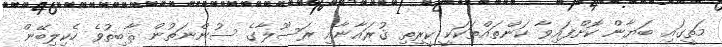
މަތީގައި ބަޔާން ކޮށްފައިވާ ކަންތައްތަކަކީ ކީރިތި ޤުރައާނާއި ރަސޫލާގެ ސުންނަތުން ޘާބިތުވެ ހެކިލިބޭން